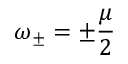
\omega _ { \pm } = \pm \frac { \mu } { 2 }